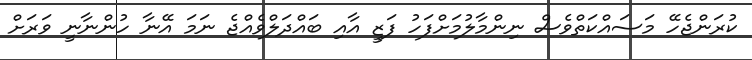
ކުރަންޖެހޭ މަސައްކަތްވެސް ނިންމާލުމަށްފަހު ފަޒީ އާއި ބައްދަލްވެއްޖެ ނަމަ އޭނާ ހުންނާނީ ވަރަށް